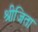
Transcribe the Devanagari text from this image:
श्रीजिता